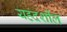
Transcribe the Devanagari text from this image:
यहदर्शील